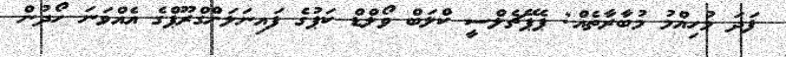
ފަދަ މުހިއްމު މުބާރާތެއް: ޕެޕޭޗެލްސީ ކްލަބް ވޯލްޑް ކަޕުގެ ފައިނަލަށްގްރޫޕްގެ އެއްވަނަ ހޯދުން